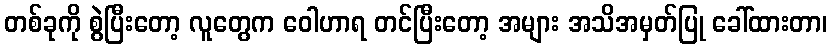
တစ်ခုကို စွဲပြီးတော့ လူတွေက ဝေါဟာရ တင်ပြီးတော့ အများ အသိအမှတ်ပြု ခေါ်ထားတာ၊